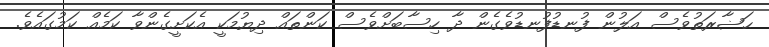
ޙަޟާރަތުވެސް އަލުން ފުނޑުފުނޑުވެގެން ދާ ހިސާބަށްވެސް ކަންތައް ދިޔުމަކީ އެކަށީގެންވާ ކަމެއް ކަމުގައެވެ.